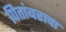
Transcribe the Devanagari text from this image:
पितांबराचा